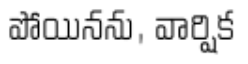
పోయినను, వార్షిక